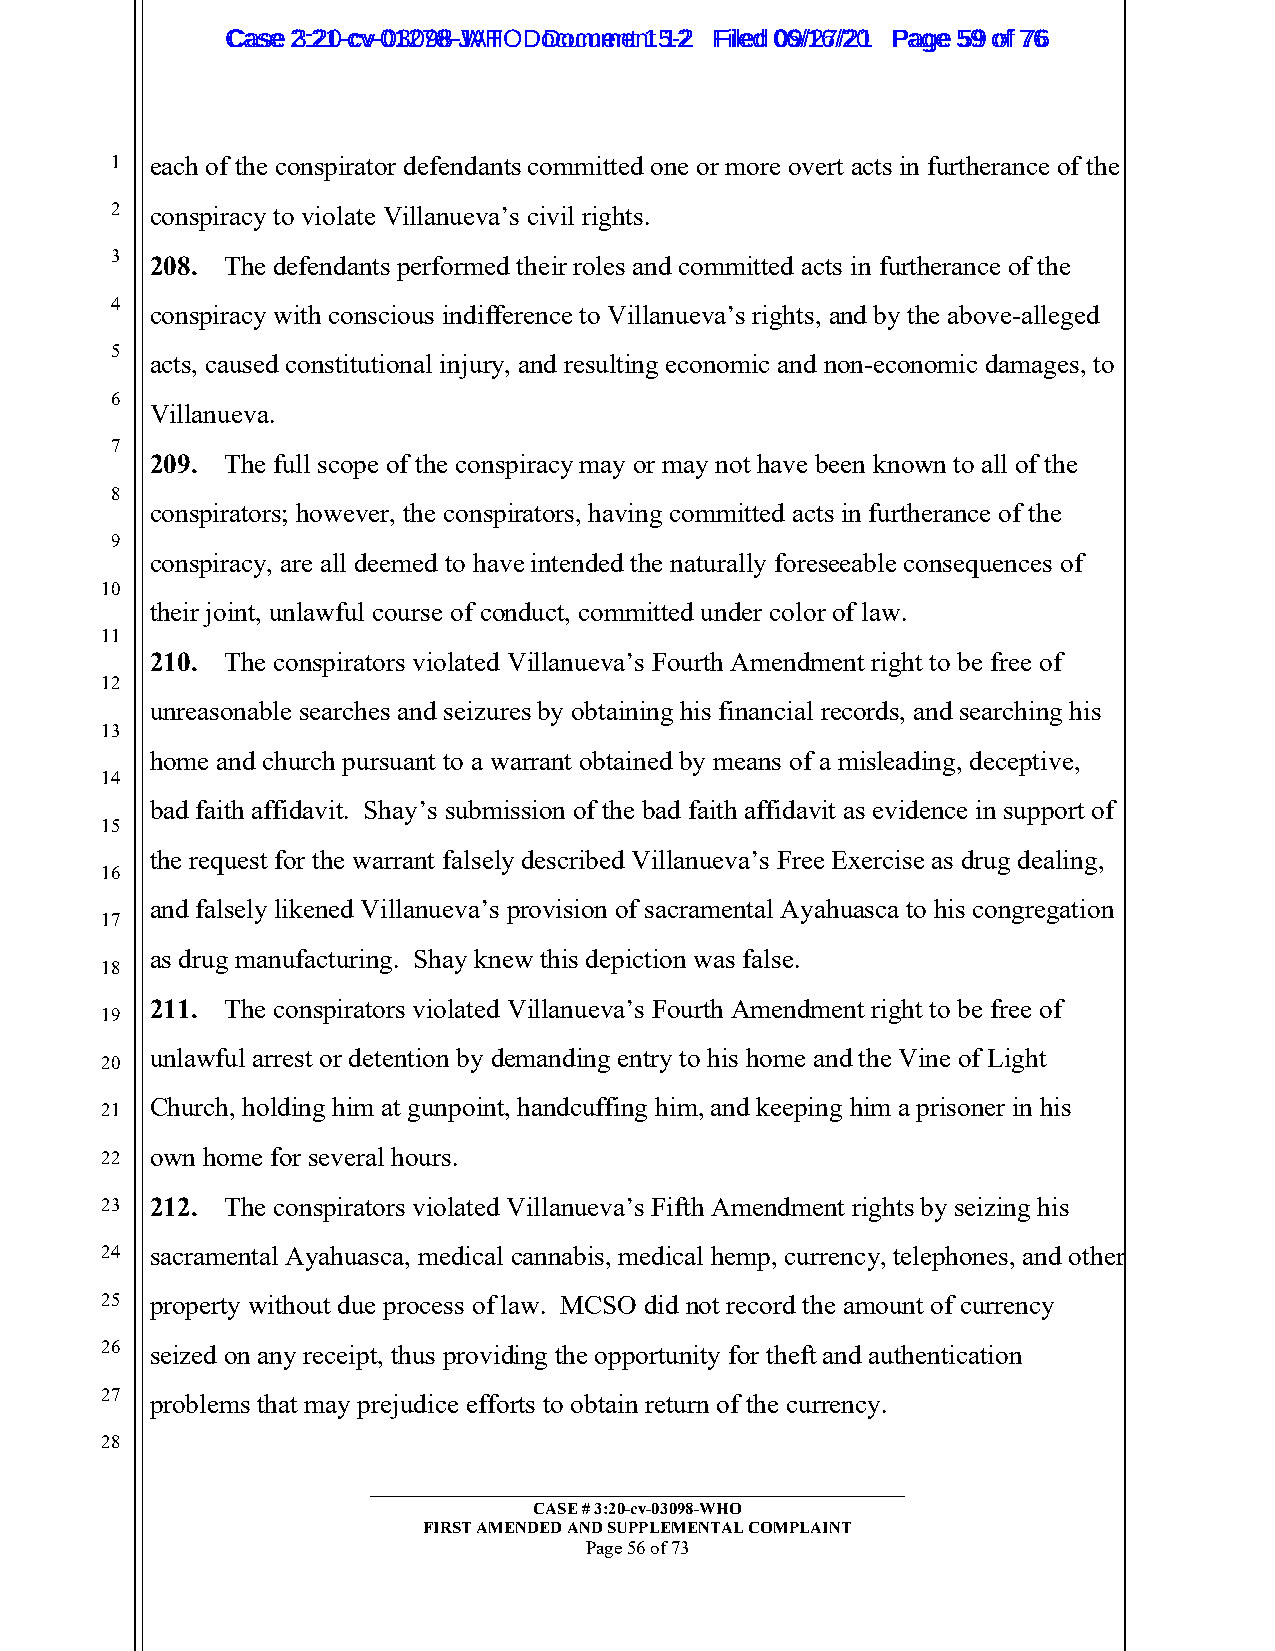
CCaassee 23::2210--ccvv--0013207988--JWAHT O D oDcoucmumenetn 1t 51-22 FFiilleedd 0069//1267//2201 PPaaggee 5599 ooff 7766
 1  each of the conspirator defendants committed one or more overt acts in furtherance of the
 2  conspiracy to violate Villanueva’s civil rights.
 3  208. The defendants performed their roles and committed acts in furtherance of the
 4
 conspiracy with conscious indifference to Villanueva’s rights, and by the above-alleged
 5
 acts, caused constitutional injury, and resulting economic and non-economic damages, to
 6
 Villanueva.
 7
 209. The full scope of the conspiracy may or may not have been known to all of the
 8
 conspirators; however, the conspirators, having committed acts in furtherance of the
 9
 conspiracy, are all deemed to have intended the naturally foreseeable consequences of
 10
 their joint, unlawful course of conduct, committed under color of law.
 11
 210. The conspirators violated Villanueva’s Fourth Amendment right to be free of
 12
 unreasonable searches and seizures by obtaining his financial records, and searching his
 13
 home and church pursuant to a warrant obtained by means of a misleading, deceptive,
 14
 bad faith affidavit. Shay’s submission of the bad faith affidavit as evidence in support of
 15
 the request for the warrant falsely described Villanueva’s Free Exercise as drug dealing,
 16
 and falsely likened Villanueva’s provision of sacramental Ayahuasca to his congregation
 17
 as drug manufacturing. Shay knew this depiction was false.
 18
 211. The conspirators violated Villanueva’s Fourth Amendment right to be free of
 19
 unlawful arrest or detention by demanding entry to his home and the Vine of Light
 20
 Church, holding him at gunpoint, handcuffing him, and keeping him a prisoner in his
 21
 22 own home for several hours.
 23 212. The conspirators violated Villanueva’s Fifth Amendment rights by seizing his
 24 sacramental Ayahuasca, medical cannabis, medical hemp, currency, telephones, and other
 25 property without due process of law. MCSO did not record the amount of currency
 26 seized on any receipt, thus providing the opportunity for theft and authentication
 27 problems that may prejudice efforts to obtain return of the currency.
 28
 _________________________________________________________
 CASE # 3:20-cv-03098-WHO
 FIRST AMENDED AND SUPPLEMENTAL COMPLAINT
 Page 56 of 73